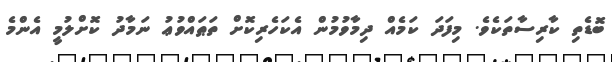
ބޮޑެތި ކާރިސާތަކެވެ. މިފަދަ ކަމެއް ދިމާވުމުން އެކަހެރިކޮށް ތަޠައްވުޢު ނަމާދު ކޮށްލުމީ އެންމެ